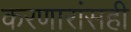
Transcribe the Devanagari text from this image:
करणारांसही